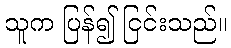
သူက ပြန်၍ ငြင်းသည်။